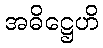
အဓိဋ္ဌေဟိ